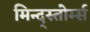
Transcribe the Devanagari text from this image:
मिन्द्स्तोर्म्स